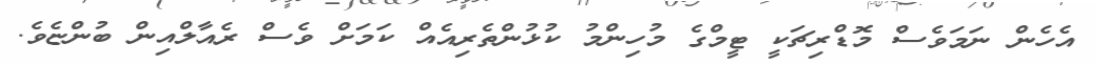
އެހެން ނަމަވެސް މޮޑްރިޗަކީ ޓީމްގެ މުހިންމު ކުުޅުންތެރިއެއް ކަމަށް ވެސް ރެއާލްއިން ބުންޏެވެ.